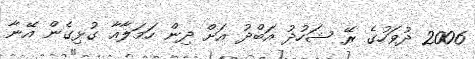
2006 ދުވަހުގެ ރޭ ޝަހުދު އަބްދު އަށް ދިން ހަމަލާއާ ގުޅިގެން އޭނާ